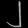
Digit: ၂